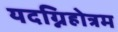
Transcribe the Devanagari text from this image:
यदग्निहोत्रम